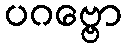
ပဂဗ္ဗော